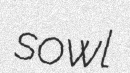
sowl